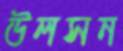
উলসন